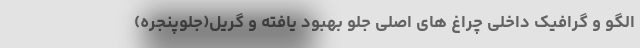
الگو و گرافیک داخلی چراغ های اصلی جلو بهبود یافته و گریل(جلوپنجره)